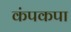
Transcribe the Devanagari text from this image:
कंपकपा